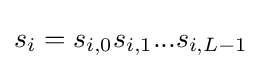
s_{i}=s_{i,0}s_{i,1}...s_{i,L-1}